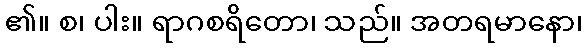
၏။ စ၊ ပါး။ ရာဂစရိတော၊ သည်။ အတရမာနော၊